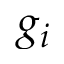
g _ { i }